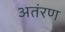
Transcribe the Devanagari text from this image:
अतंरण